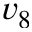
v _ { 8 }